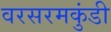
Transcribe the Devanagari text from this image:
वरसरमकुंडी